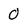
Character: 0